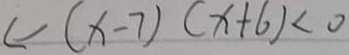
\leftarrow ( x - 7 ) ( x + 6 ) < 0